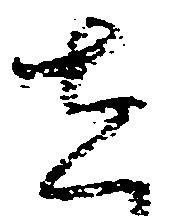
在